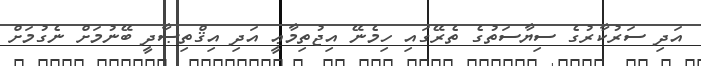
އަދި ސަރުކާރުގެ ސިޔާސަތުގެ ތެރޭގައި ހިމެނޭ އިޖުތިމާޢީ އަދި އިޤްތިޞާދީ ބޭނުމަށް ނެގުމަށް